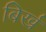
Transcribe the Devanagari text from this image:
बिर्ख